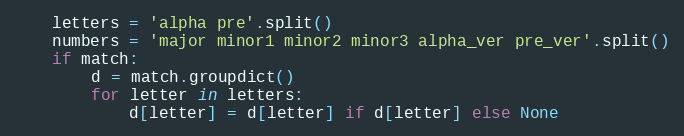
Language: Python
    letters = 'alpha pre'.split()
    numbers = 'major minor1 minor2 minor3 alpha_ver pre_ver'.split()
    if match:
        d = match.groupdict()
        for letter in letters:
            d[letter] = d[letter] if d[letter] else None